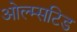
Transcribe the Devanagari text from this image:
ओल्म्सटिड